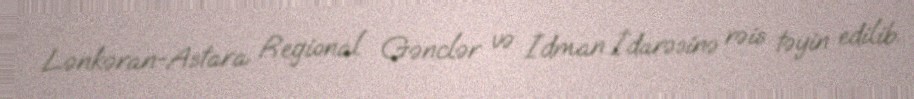
Lənkəran-Astara Regional Gənclər və İdman İdarəsinə rəis təyin edilib.